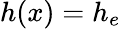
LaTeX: h(x)=h_{e}